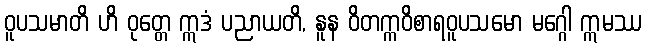
ဝူပသမာတိ ဟိ ဝုတ္တေ ဣဒံ ပညာယတိ, နူန ဝိတက္ကဝိစာရဝူပသမော မဂ္ဂေါ ဣမဿ